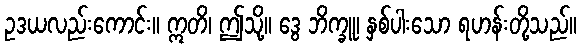
ဥဒယလည်းကောင်း။ ဣတိ၊ ဤသို့။ ဒွေ ဘိက္ခူ၊ နှစ်ပါးသော ရဟန်းတို့သည်။